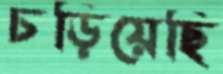
চড়িয়েছি